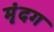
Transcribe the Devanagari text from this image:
मृंदग